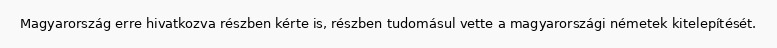
Magyarország erre hivatkozva részben kérte is, részben tudomásul vette a magyarországi németek kitelepítését.